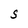
Character: S